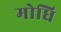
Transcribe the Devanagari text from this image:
मोधि